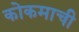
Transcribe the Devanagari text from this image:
कोकमाची